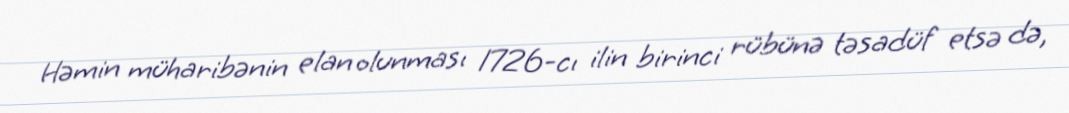
Həmin müharibənin elan olunması 1726-cı ilin birinci rübünə təsadüf etsə də,